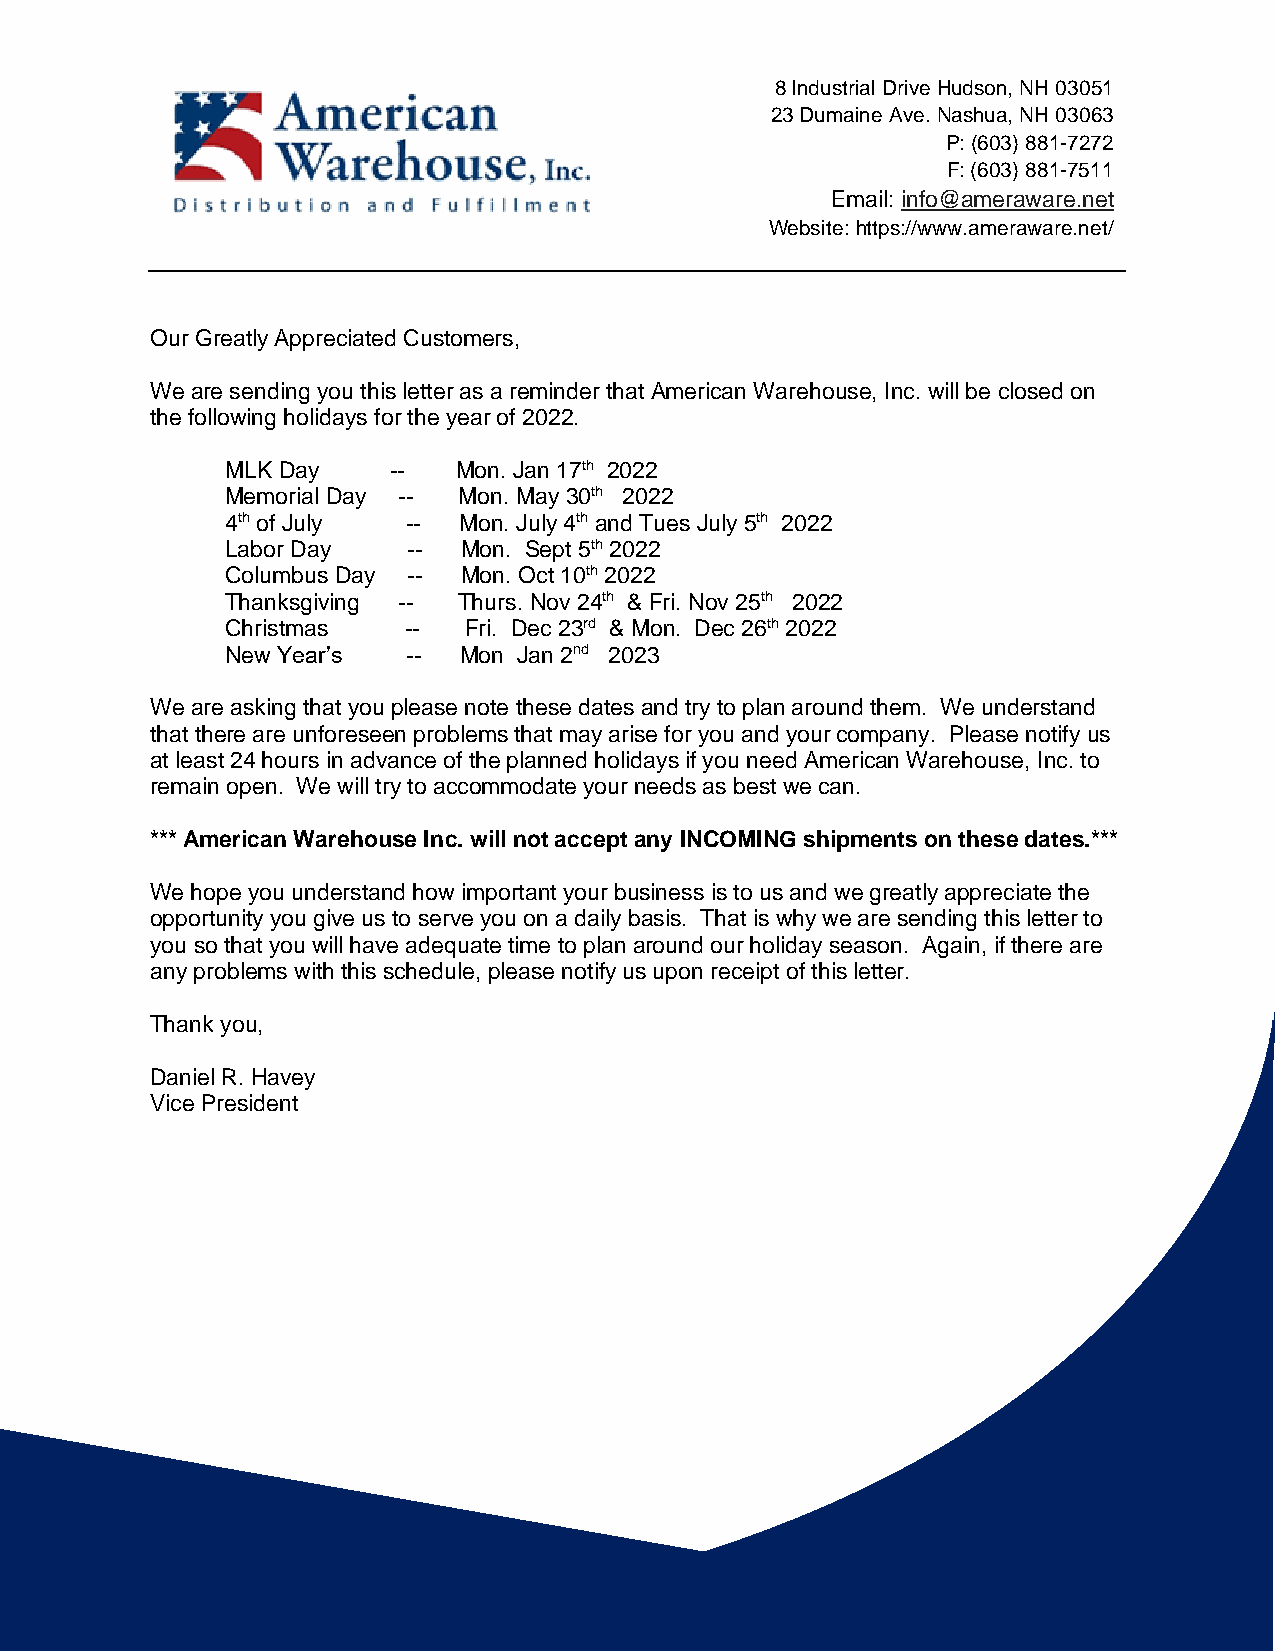
8 Industrial Drive Hudson, NH 03051
 23 Dumaine Ave. Nashua, NH 03063
 P: (603) 881-7272
 F: (603) 881-7511
 Email: info@ameraware.net
 Website: https://www.ameraware.net/
 Our Greatly Appreciated Customers,
 We are sending you this letter as a reminder that American Warehouse, Inc. will be closed on
 the following holidays for the year of 2022.
 MLK Day    --  Mon. Jan 17th 2022
 Memorial Day -- Mon. May 30th 2022
 4th of July -- Mon. July 4th and Tues July 5th 2022
 Labor Day   --  Mon. Sept 5th 2022
 Columbus Day -- Mon. Oct 10th 2022
 Thanksgiving -- Thurs. Nov 24th & Fri. Nov 25th 2022
 Christmas   --  Fri. Dec 23rd & Mon. Dec 26th 2022
 New Year’s  -- Mon Jan 2nd 2023
 We are asking that you please note these dates and try to plan around them. We understand
 that there are unforeseen problems that may arise for you and your company. Please notify us
 at least 24 hours in advance of the planned holidays if you need American Warehouse, Inc. to
 remain open. We will try to accommodate your needs as best we can.
 *** American Warehouse Inc. will not accept any INCOMING shipments on these dates.***
 We hope you understand how important your business is to us and we greatly appreciate the
 opportunity you give us to serve you on a daily basis. That is why we are sending this letter to
 you so that you will have adequate time to plan around our holiday season. Again, if there are
 any problems with this schedule, please notify us upon receipt of this letter.
 Thank you,
 Daniel R. Havey
 Vice President